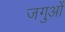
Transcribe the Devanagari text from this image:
जगुओं